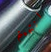
انتهيتم